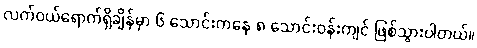
လက်ဝယ်ရောက်ရှိချိန်မှာ ၆ သောင်းကနေ ၈ သောင်းဝန်းကျင် ဖြစ်သွားပါတယ်။